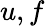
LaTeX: u,f